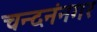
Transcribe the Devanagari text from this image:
चन्दनंनगर